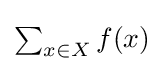
{\textstyle \sum _{x\in X}f(x)}